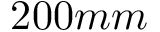
2 0 0 m m